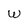
Character: W